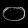
Digit: ၀